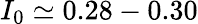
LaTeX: I_{0}\simeq 0.28-0.30